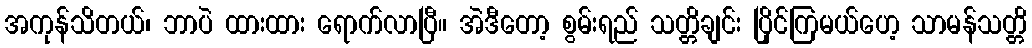
အကုန်သိတယ်၊ ဘာပဲ ထားထား ရောက်လာပြီ။ အဲဒီတော့ စွမ်းရည် သတ္တိချင်း ပြိုင်ကြမယ်ဟေ့ သာမန်သတ္တိ